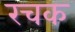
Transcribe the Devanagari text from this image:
रचक